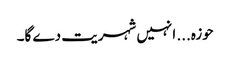
حوزہ... انہیں شہریت دے گا۔